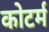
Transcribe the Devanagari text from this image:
कोटर्म